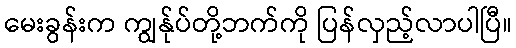
မေးခွန်းက ကျွန်ုပ်တို့ဘက်ကို ပြန်လှည့်လာပါပြီ။